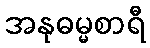
အနုဓမ္မစာရီ